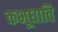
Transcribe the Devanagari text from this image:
कभूधावि